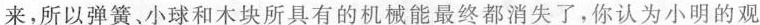
来，所以弹簧、小球和木块所具有的机械能最终都消失了，你认为小明的观